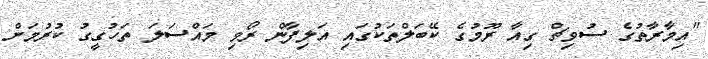
"އިމާރާތުގެ ސުވިޗް ގިއާ ރޫމުގެ ކޭބަލްތަކުގައި އަލިފާން ރޯވި މައްސަލަ ތަހުގީގު ކުރުމަށް